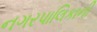
નગરપાલિકાની